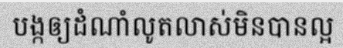
បង្កឲ្យដំណាំលូតលាស់មិនបានល្អ